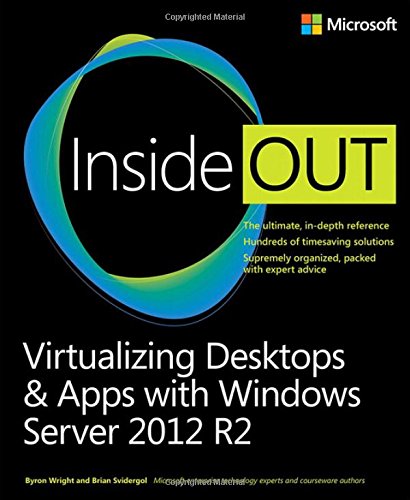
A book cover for Virtualizing Desktops and Apps with Windows Server 2012 R2 Inside Out; Byron Wright; Computers & Technology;